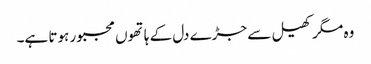
وہ مگر کھیل سے جڑے دل کے ہاتھوں مجبور ہوتا ہے۔